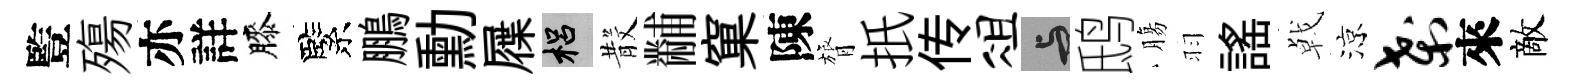
䜿殤亦詳膝緊鵬勳屧梠𣪚黼窠陳膂扺传俎与鸱膓羽謡㦸涼刹來敵